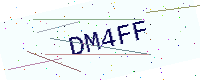
Text: DM4FF